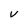
Character: V